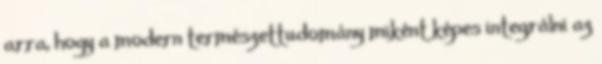
arra, hogy a modern természettudomány miként képes integrálni az